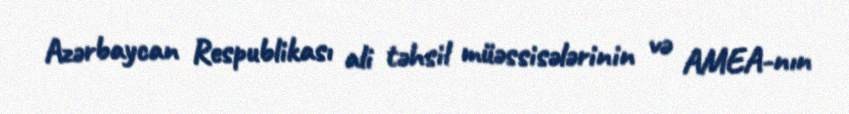
Azərbaycan Respublikası ali təhsil müəssisələrinin və AMEA-nın